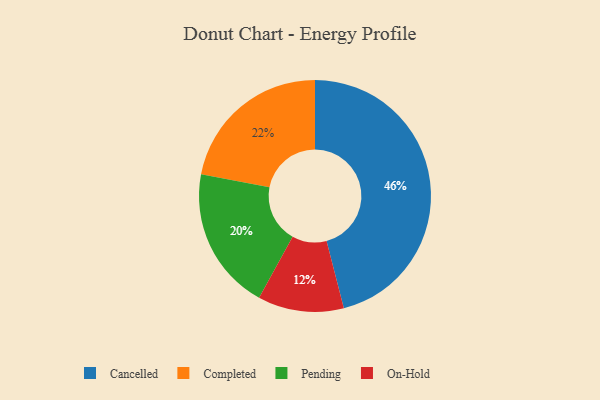
{"axis": {"x": "Category", "y": "Percentage"}, "legend": ["Cancelled", "Completed", "On-Hold", "Pending"], "data": [{"x": "Completed", "y": 22, "type": "Completed"}, {"x": "Cancelled", "y": 46, "type": "Cancelled"}, {"x": "Pending", "y": 20, "type": "Pending"}, {"x": "On-Hold", "y": 12, "type": "On-Hold"}]}